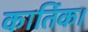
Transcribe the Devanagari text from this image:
कार्तिक।